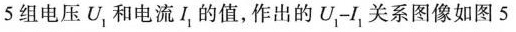
5组电压U和电流I，的值，作出的U-I，关系图像如图5